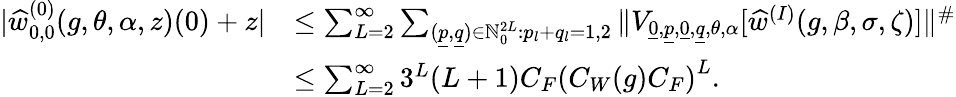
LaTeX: \begin{array}{rl}{|\widehat{w}_{0,0}^{(0)}(g,\theta,\alpha,z)(0)+z|}&{\leq\sum_{L=2}^{\infty}\sum_{(\underline{{p}},\underline{{q}})\in{\mathord{\mathbb N}}_{0}^{2L}:p_{l}+q_{l}=1,2}\| V_{\underline{{0}},\underline{{p}},\underline{{0}},\underline{{q}},\theta,\alpha}[\widehat{w}^{(I)}(g,\beta,\sigma,\zeta)]\| ^{\# }}\\ &{\leq\sum_{L=2}^{\infty}3^{L}(L+1)C_{F}\left(C_{W}(g)C_{F}\right)^{L}.}\end{array}